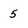
Character: 5